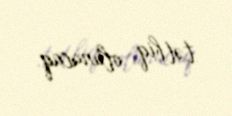
tətbiq olunacaq.